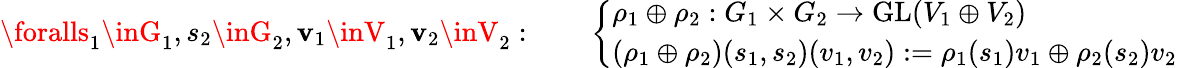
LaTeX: \foralls_{1}\inG_{1},s_{2}\inG_{2},\mathbf{v}_{1}\inV_{1},\mathbf{v}_{2}\inV_{2}:\qquad{\left\{ \begin{array}{ll}{\rho_{1}\oplus\rho_{2}:G_{1}\times G_{2}\to{\mathrm{GL}}(V_{1}\oplus V_{2})}\\ {(\rho_{1}\oplus\rho_{2})(s_{1},s_{2})(v_{1},v_{2}):=\rho_{1}(s_{1})v_{1}\oplus\rho_{2}(s_{2})v_{2}}\end{array}\right.}